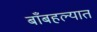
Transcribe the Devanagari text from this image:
बाँबहल्यात